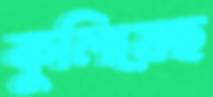
কুলিয়েছ